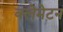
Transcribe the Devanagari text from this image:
क्लेमेटन